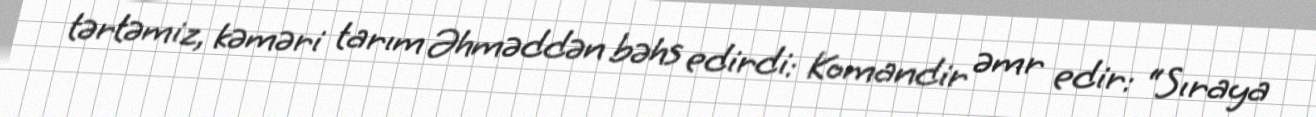
tərtəmiz, kəməri tarım Əhməddən bəhs edirdi: Komandir əmr edir: “Sıraya